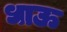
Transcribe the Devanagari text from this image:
धाऊ